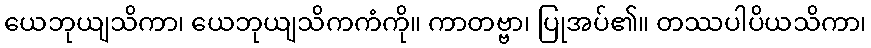
ယေဘုယျသိကာ၊ ယေဘုယျသိကကံကို။ ကာတဗ္ဗာ၊ ပြုအပ်၏။ တဿပါပိယသိကာ၊